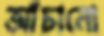
আঁচানো